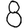
Digit: 8